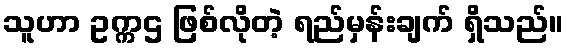
သူဟာ ဥက္ကဌ ဖြစ်လိုတဲ့ ရည်မှန်းချက် ရှိသည်။